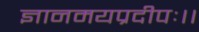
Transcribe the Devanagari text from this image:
ज्ञानमयप्रदीपः।।